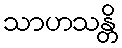
သာဟသန္တိ